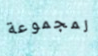
لمجموعة